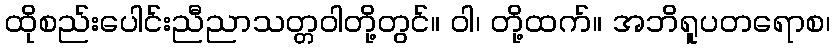
ထိုစည်းပေါင်းညီညာသတ္တဝါတို့တွင်။ ဝါ၊ တို့ထက်။ အဘိရူပတရောစ၊